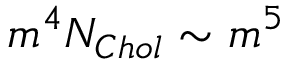
m ^ { 4 } N _ { C h o l } \sim m ^ { 5 }